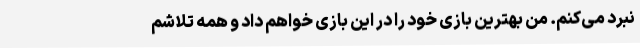
نبرد می‌کنم. من بهترین بازی خود را در این بازی خواهم داد و همه تلاشم